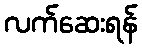
လက်ဆေးရန်